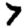
Digit: 7